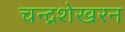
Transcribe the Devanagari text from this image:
चन्‍द्रशेखरन